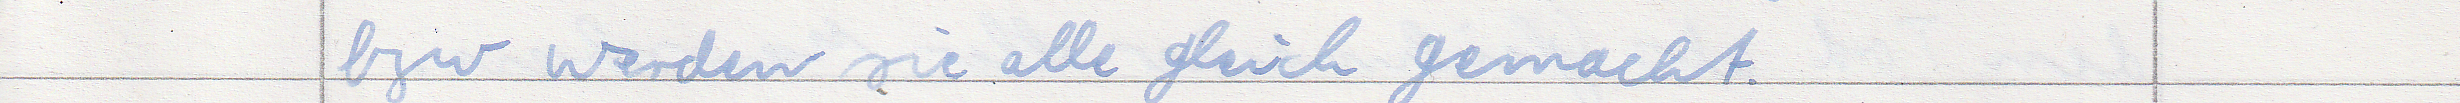
bzw werden sie alle gleich gemacht.